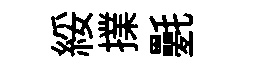
綏擈氎